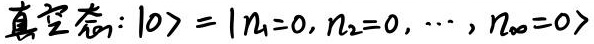
真空态: $|0\rangle = |n_1 = 0, n_2 = 0, \cdots, n_{\infty} = 0\rangle$